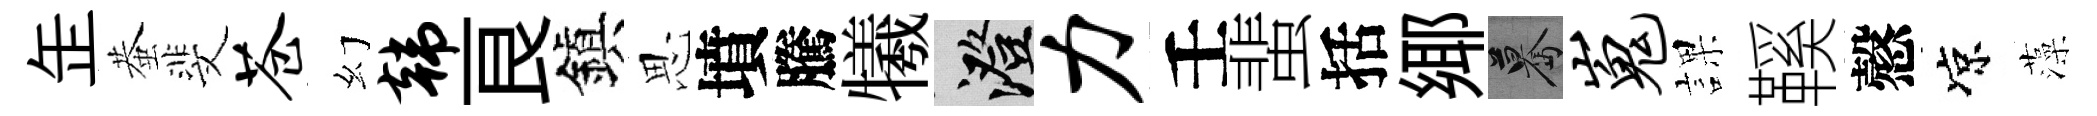
𦈢蛬斐苍幻韩良鎭思墳騰犧澄力壬蜚括鄊驀嵬課鞵慤凉藻